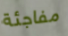
مفاجئة